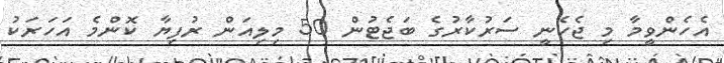
އެހެންވީމާ މި ޖެހެނީ ސަރުކާރުގެ ބަޖެޓުން 50 މިލިއަން ރުފިޔާ ކޮންމެ އަހަރަކު